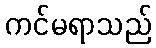
ကင်မရာသည်